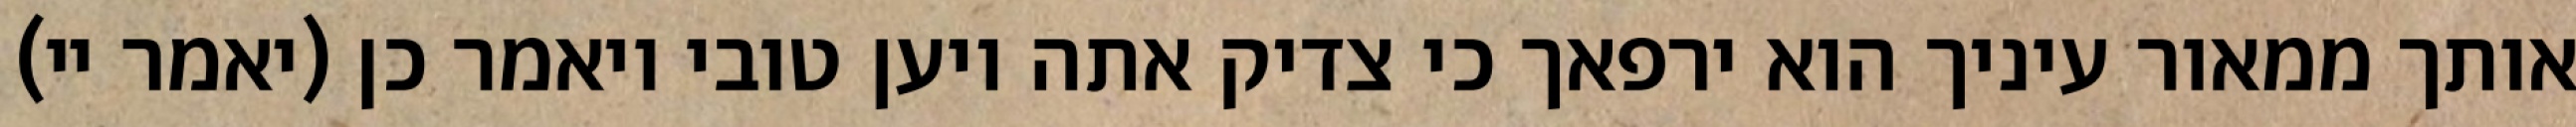
אותך ממאור עיניך הוא ירפאך כי צדיק אתה ויען טובי ויאמר כן (יאמר יי)